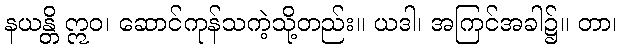
နယန္တိ ဣဝ၊ ဆောင်ကုန်သကဲ့သို့တည်း။ ယဒါ၊ အကြင်အခါ၌။ တာ၊